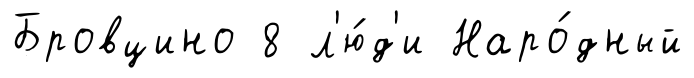
Бровцино 8 л'ю́д'и Наро́дный